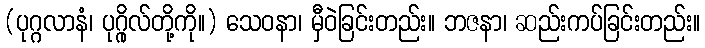
(ပုဂ္ဂလာနံ၊ ပုဂ္ဂိုလ်တို့ကို။) သေဝနာ၊ မှီဝဲခြင်းတည်း။ ဘဇနာ၊ ဆည်းကပ်ခြင်းတည်း။